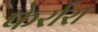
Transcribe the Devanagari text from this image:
फेर्रारा